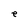
Character: e